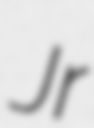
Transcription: Jr